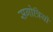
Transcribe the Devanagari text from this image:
सगोत्रियों